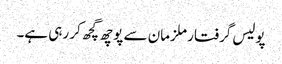
پولیس گرفتار ملزمان سے پوچھ گچھ کر رہی ہے۔